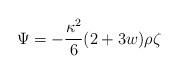
LaTeX: \begin{align*}\Psi=-\frac{\kappa^2}{6}(2+3w)\rho\zeta\end{align*}